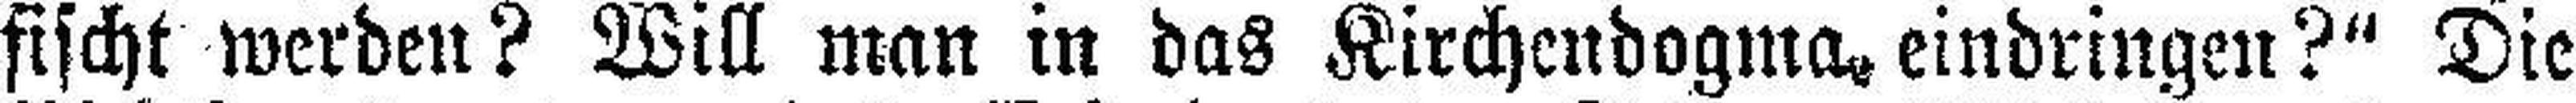
fischt werden? Will man in das Kirchendogma eindringen?“ Die